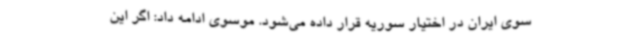
سوی ایران در اختیار سوریه قرار داده می‌شود. موسوی ادامه داد: اگر این